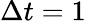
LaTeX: \Delta t=1